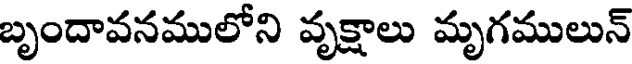
బృందావనములోని వృక్షాలు మృగములున్